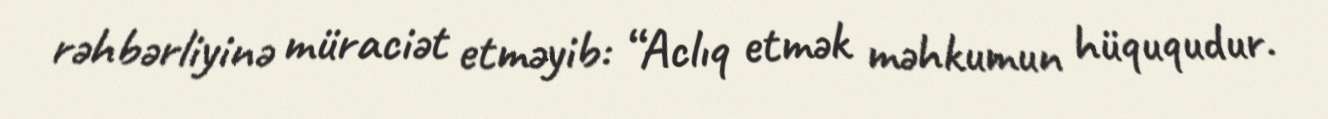
rəhbərliyinə müraciət etməyib: “Aclıq etmək məhkumun hüququdur.